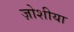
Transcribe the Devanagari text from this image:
ज़ोशीया